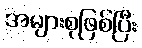
အများစုဖြစ်ပြီး